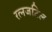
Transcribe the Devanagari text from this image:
रत्नजटिल